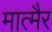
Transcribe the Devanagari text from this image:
मात्मैर